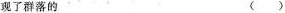
现了群落的 （）